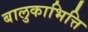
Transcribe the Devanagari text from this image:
बालुकाभित्ति